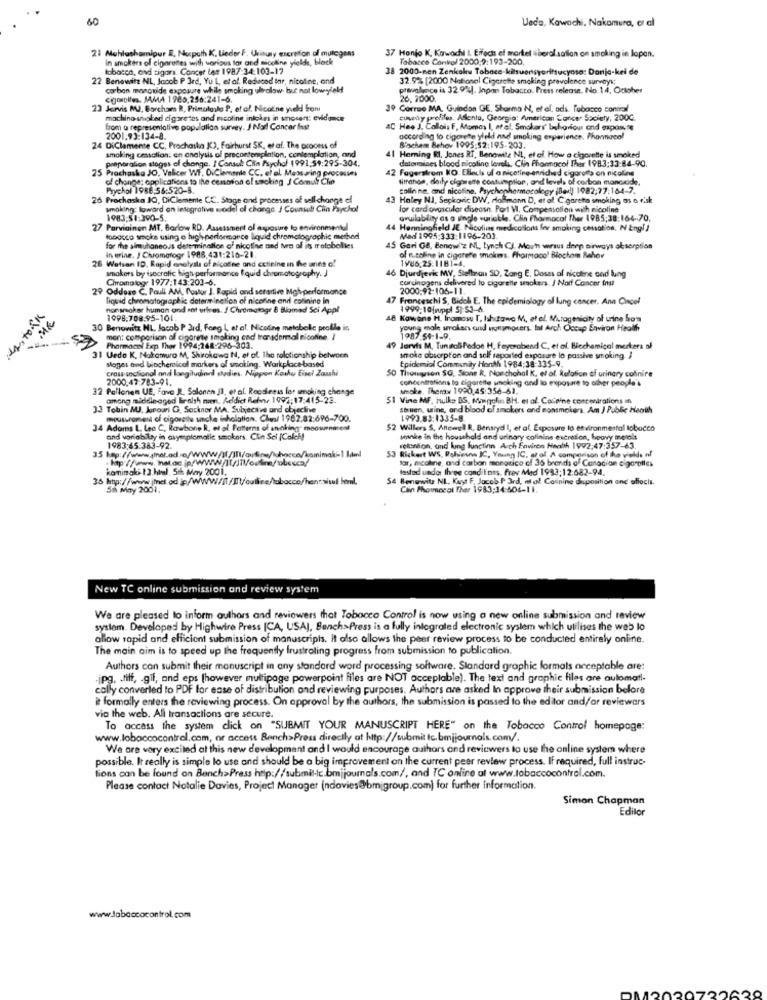
60
Ueda, Kawachi, Nakamura, er al
21 Mohlashamipur E, Nurpath K. Lieder F. Uvinuly excretion of mutogens
37 Honjo K. Kawachi L Effects el martel siberalsatian on smoking in Japan.
In smokers of cigarettes with various tor and nicoline yields, block
Tobacco Control 2000:9:193-200,
tobacco, and tigars Concer tos 1987:34:103-17
38 2000-men Zenkaku Tabace-kitsuonsyerittucyosa: Danja-kei de
22 Benowit NL, Jacob P 3rd, Yu L, et al. Reduced tar, nicotine, and
32.9% [2000 National Cigarette smoking prevalence surveys:
carbon monoxide exposure while smoking ulvalow but not lowyield
prevalence is 32.9%). Inpan Tobacco. Press release. No.14, October
cigorolles. JAMA 1985,256:241-6.
26, 2000.
23 Jervis MJ, Borchar R, Primatasla P, et al. Nicoi'ne yield Som
39 Correo MA, Guiadan GE. Sharma N, et al. ads, Tobacco control
machino- smoked cigare tes and ricofine inkokes in snosent: evidence
ay prelifes, Asenta, Georgia: American Cancer Society, 200G.
from a representative population survey. J Noi! Cancer Inst
AC Hee J. Callois F, Momas I, of el, Smokers' behaviour and expone
2001.93:134-8.
according to cigarette yield and smoking experience. Phonnacol
24 DiClemente CC. Prochaska KC), Fairhurst SK, et af. The process of
smoking cessation. en analysis of precontempintion, contemplation, and
Biochem Behov 1995:52:195-203.
preparation stages of change. I Consult Cin Psychol 1991,59:295-304.
41 Herning RI, Jones RT, Benowite NL, et al. How a cigarette is smoked
determines blood nicotine levels, Clin Phonnocol Ther 1983:33:84-90.
75
Prochaska JO, Valicer Wf, DiClemenla CC. el al. Mestaring processes
42 Fagerstrom KO. Elleuls uf a nicotine-enriched cigaretts on nicoline
of change; applications to the cenaron of smoking J Comulf Che
fimange, daily ciaorems contumption, and levels of carbon monoxide,
Prychol 1988:56:520-8.
colin ne, and nicotine, Psychopharmacology (led) 1982;77:164-7.
26 Prochaska JO, DiClemente CC. Stage and processes of sell change ef
43 Holey NJ, Sepkovic DW, dallmann D, et al. Cigarette smoking as a risk
smoking: toward an integrative model of change. / Covnud Ciin Faychol
for card ovascular disease. Port VI. Compensation with nicoline
1983:51:390-5.
availability as a single variable. Clin Pharmacol Ther 1985:38:164-70.
27 Parviainen MT, Barlow RD. Assessment of exposure to environmental
44 Henningfield JE. Paiouline medications for smoking cessation. N Engl J
tobacco smoke using o high-performance liquid chromatographic method
Med 1995:333:1196-203.
for the almutaneous determination of nicotine and two of it metabolies
in erine. J Civomotogr 1988, 431:216-21.
45 Gori GB, Benow'z NL, Lynch CJ. Mou'h wraus deep airways oksorption
26 Wetsan ID, Rapid enalyalı of nicotine and cctinine in the unes of
1986.25:1181-4.
of n.coline in cigarette smokers. Pharmaco! Biochem Behor
smokers by isocratic high performance liquid chromatography. J
46 Djurdjevic MV, Stellnon 50, Zang E. Doses of nicotine and lung
Chromolog- 1977:143:203-6.
carcinogens delivered to cigarette smokers. / Noif Cancer Inst
29 Oddone C. Paul AM. Postor J. Rapid and sensitive Mghyperformance
2000.92:106-11.
liquid chromatographic datermination of nicotine and colinine in
47 Franceschi S, Bidol E. The epidemiology of lung cancer. Ana Cancel
nonarsakar human and ant urines. # Chromatogr & Bliamed Sci Appl
1999-10 |wppl 5):53-4.
1998.708.95-101
48 Kowane H. Iramasu T. Ishitawe M, etal ., Mutagenicity of urine Som
30 Benowitz NL. Jacob P 3rd, Fong L af al. Nicoding metabolic prolle is
male smokers and nongmocers. Iof Arch Occup Environ Health
mon: comparison of cigarette smoking cad transdermal nicotine. /
1987 54-1-9.
Pharmacol Exp Thor 1994;268-296-303.
49 Jervis M, Tunatali Pedoe H, Feyerabend C, et al. Biochemical merkers af
31 Vede K, Natamuro M, Shirakawa N, et al. The relationship between
slaget and biochemical markers of smoking. Workplace-based
Epidemiol Communay Honth 1984:38-335-9.
smoke absorption and self reported exposure lo passive smoking. I
cross-sectional and langitudinal dadies. Nippon Korku Eisel Zaushi
SO Theinten SO, Sions R. Nonchahal K, et al. Relation of urinary colinire
2000.47-783-91.
concentrations to cigarette smoking and to exposure to other people's
32 Pallonen UE, Fava IL. Salonen JI, et al. Readiness ler smoking change
woke. Themax 1990,45:356-61.
among middle-aged liralık men. Addict Rehne 1992;17:415-23.
51 Vine MF. Hulke DS, Margolin BH. et al. Cocaine concentrations in
33 Tobin MUJ. Juroari G. Sochner MA. Subjective and objective
e, and blood of smokers end nonsmokers. Am J Pable Heath
mousurament of cigarette smoke inhalation. Chin/ 1982.82:696-700.
1993.83:1335-8.
34 Adams L. Lec C. Rawbone R, et al. Patterns of anaking- moournases
$2 Willers S. Attewell R, Bensryd I, et al. Exposure to environmental tobacco
and variabilay in asyenplomatic smokers. Clin Sci (Col !!
smake in the household and urinary colinins excreson, heavy metals
1983:45:383-92.
retonton, and lung function Auch Environ Health 1992:47:357-63.
53 Rickert WS, Rahviews IC, Young IC, az of A comparison of the yields of
lar, micaline, and carbon monorica of 36 brands of Canadian cigarptles
kominglos 1 3.htal. Stk May 2001.
tasted under Ihree conditions. frev Med 1983:12.682-94.
35 htp://www.imnel.od.ip//WWW/IT/IT/ouline/tobacco/hentsisul leml.
54 Benewitz NI. Kuyt F. Jacob P 3rd, al ol. Canine daposition and offocis.
Sah May 2001.
Clin Phounceal Ther 1983:14:504-11.
New TC online submission and review system
We are pleased to inform authors and reviewers that Tobacco Control is now using a new online submission and review
system. Developed by Highwire Press (CA, USAJ, BenchPress is a fully integrated electronic system which utilises the web lo
allow rapid and efficient submission of manuscripts. It also allows the peer review process to be conducted entirely online.
The main aim is to speed up the frequently frustroling progress from submission to publication.
Authors can submit their manuscript in any standard word processing software. Standard graphic formals acceptable are:
-jpg, . tiff, . gif, and eps [however multipage powerpoint files are NOT acceplable). The text and graphic files are automati
cally converted to PDF for ease of distribution and reviewing purposes. Authors are asked In approve their submission before
it formally enters the reviewing process. On approval by the authors, the submission is passed to the editor and/or reviewers
via the web. All transactions are secure.
To access the system click on "SUBMIT YOUR MANUSCRIPT HERE" on the Tobacco Control homepage:
www.loboccocontrol.com, or access Bench>Press directly at http://wubmit tc.bmjjournals.com/.
We are very excited at this new development and I would encourage authors and reviewers to use the online system where
possible. It really is simple lo use and should be a big improvement on the current peer review process. If required, full instruc-
tions can be found on Bench>Press http://submit-lc.bmjjournals.com/, and TC online at www.tobaccocontrol.com.
Please contact Notalie Davies, Project Manager (ndavies@bmigroup.com) for further information.
Simon Chapman
Editor
www.Jobeccocontrol.com
12020722628